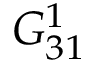
G _ { 3 1 } ^ { 1 }